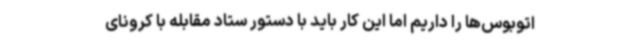
اتوبوس‌ها را داریم اما این کار باید با دستور ستاد مقابله با کرونای